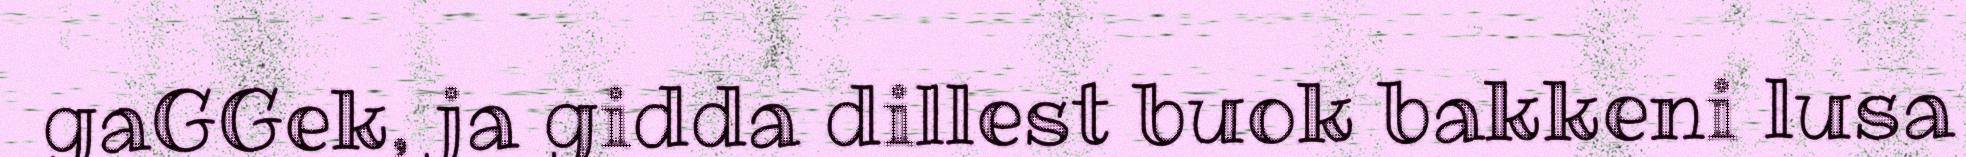
gaGGek, ja gidda dillest buok bakkeni lusa